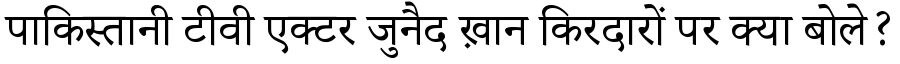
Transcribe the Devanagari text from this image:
पाकिस्तानी टीवी एक्टर जुनैद ख़ान किरदारों पर क्या बोले?